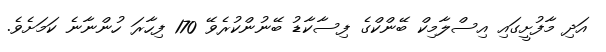
އަދި މާފުށީގައި އިސްލާމިކް ބޭންކްގެ ފިސާކާޑު ބޭނުންކުރެވޭ 170 ފިހާރަ ހުންނާނެ ކަމަށެވެ.